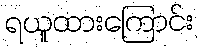
ရယူထားကြောင်း